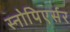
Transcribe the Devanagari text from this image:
स्नोपिएर्सर